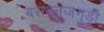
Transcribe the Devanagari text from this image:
बसवनजगुडी